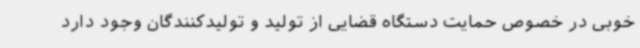
خوبی در خصوص حمایت دستگاه قضایی از تولید و تولیدکنندگان وجود دارد